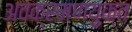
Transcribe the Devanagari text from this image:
अवक्रमणयुक्त